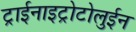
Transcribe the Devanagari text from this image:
ट्राईनाइट्रोटोलुईन